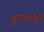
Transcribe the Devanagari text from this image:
बुनताघर